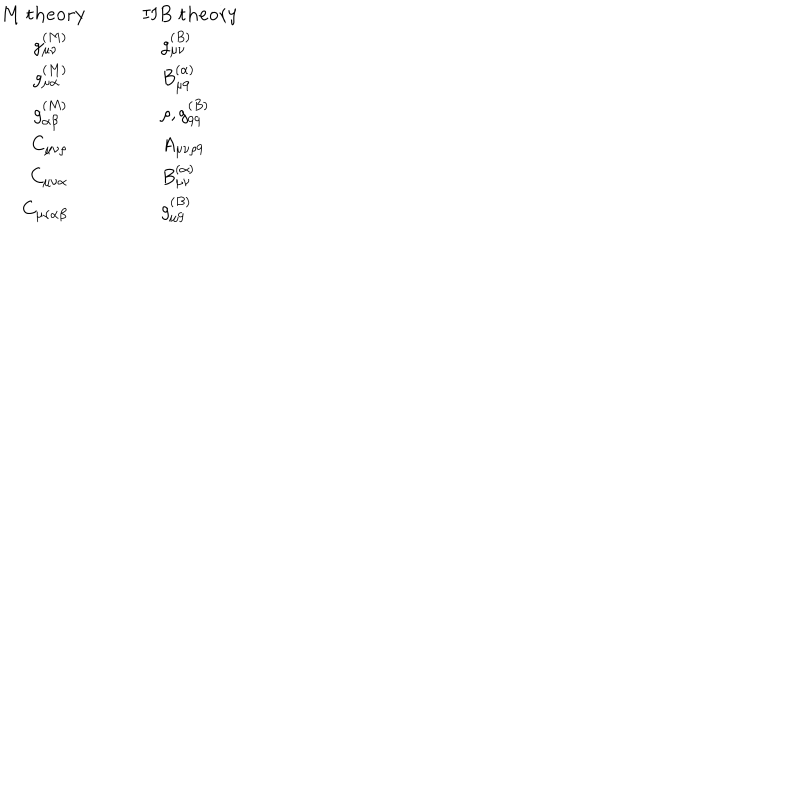
\begin{array} { r l } { { { \bf M \ t h e o r y } } } & { { \quad \quad { \bf I I B \ t h e o r y } } } \\ { { g _ { \mu \nu } ^ { ( M ) } \quad } } & { { \quad \quad \quad g _ { \mu \nu } ^ { ( B ) } } } \\ { { g _ { \mu \alpha } ^ { ( M ) } \quad } } & { { \quad \quad \quad B _ { \mu 9 } ^ { ( \alpha ) } } } \\ { { g _ { \alpha \beta } ^ { ( M ) } \quad } } & { { \quad \quad \quad \rho , g _ { 9 9 } ^ { ( B ) } } } \\ { { C _ { \mu \nu \rho } \quad } } & { { \quad \quad \quad A _ { \mu \nu \rho 9 } } } \\ { { C _ { \mu \nu \alpha } \quad } } & { { \quad \quad \quad B _ { \mu \nu } ^ { ( \alpha ) } } } \\ { { C _ { \mu \nu \alpha \beta } \quad } } & { { \quad \quad \quad g _ { \mu 9 } ^ { ( B ) } } } \\ \end{array}